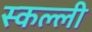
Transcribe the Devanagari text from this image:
स्कल्ली